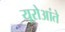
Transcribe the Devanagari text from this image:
यूरोआंते